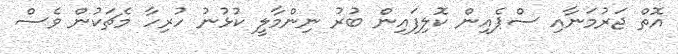
އޮތް ޖަރުމަނާއި ސްޕެއިން ކޮލިފައިން ބުރު ނިންމާލީ ކުޅުނު ހުރިހާ މެޗަކުން ވެސް